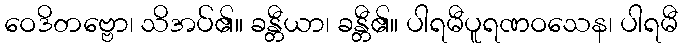
ဝေဒိတဗ္ဗော၊ သိအပ်၏။ ခန္တီယာ၊ ခန္တီ၏။ ပါရမီပူရဏဝသေန၊ ပါရမီ